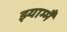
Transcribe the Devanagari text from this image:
झ्याम्मै